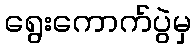
ရွေးကောက်ပွဲမှ